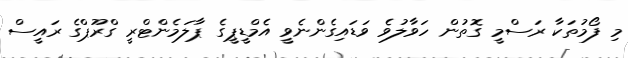
މި ފޯމުތަކާ ރަސްމީ ގޮތުން ހަވާލުވެ ވަޑައިގެންނެވީ އެމްޑީޕީގެ ޕާލަމެންޓްރީ ގްރޫޕްގެ ރައީސް